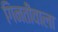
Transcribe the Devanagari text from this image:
गिनतीवाला